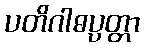
ပတိဂါဓပ္ပတ္တာ